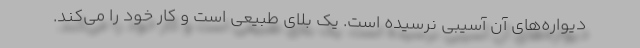
دیواره‌های آن آسیبی نرسیده است. یک بلای طبیعی است و کار خود را می‌کند.